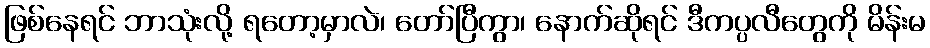
ဖြစ်နေရင် ဘာသုံးလို့ ရတော့မှာလဲ၊ တော်ပြီကွာ၊ နောက်ဆိုရင် ဒီကပ္ပလီတွေကို မိန်းမ